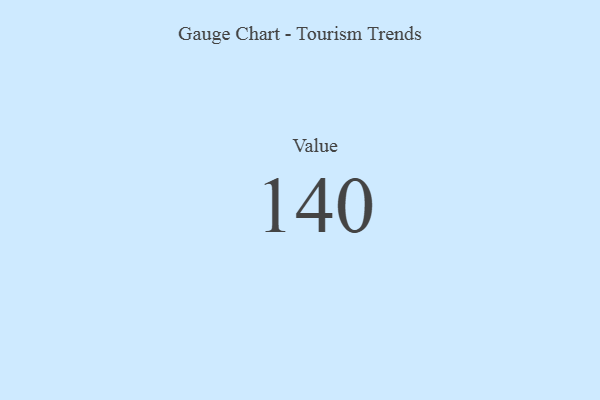
{"axis": {"x": "Metric", "y": "Value"}, "legend": [""], "data": [{"x": "Value", "y": 140, "type": ""}]}